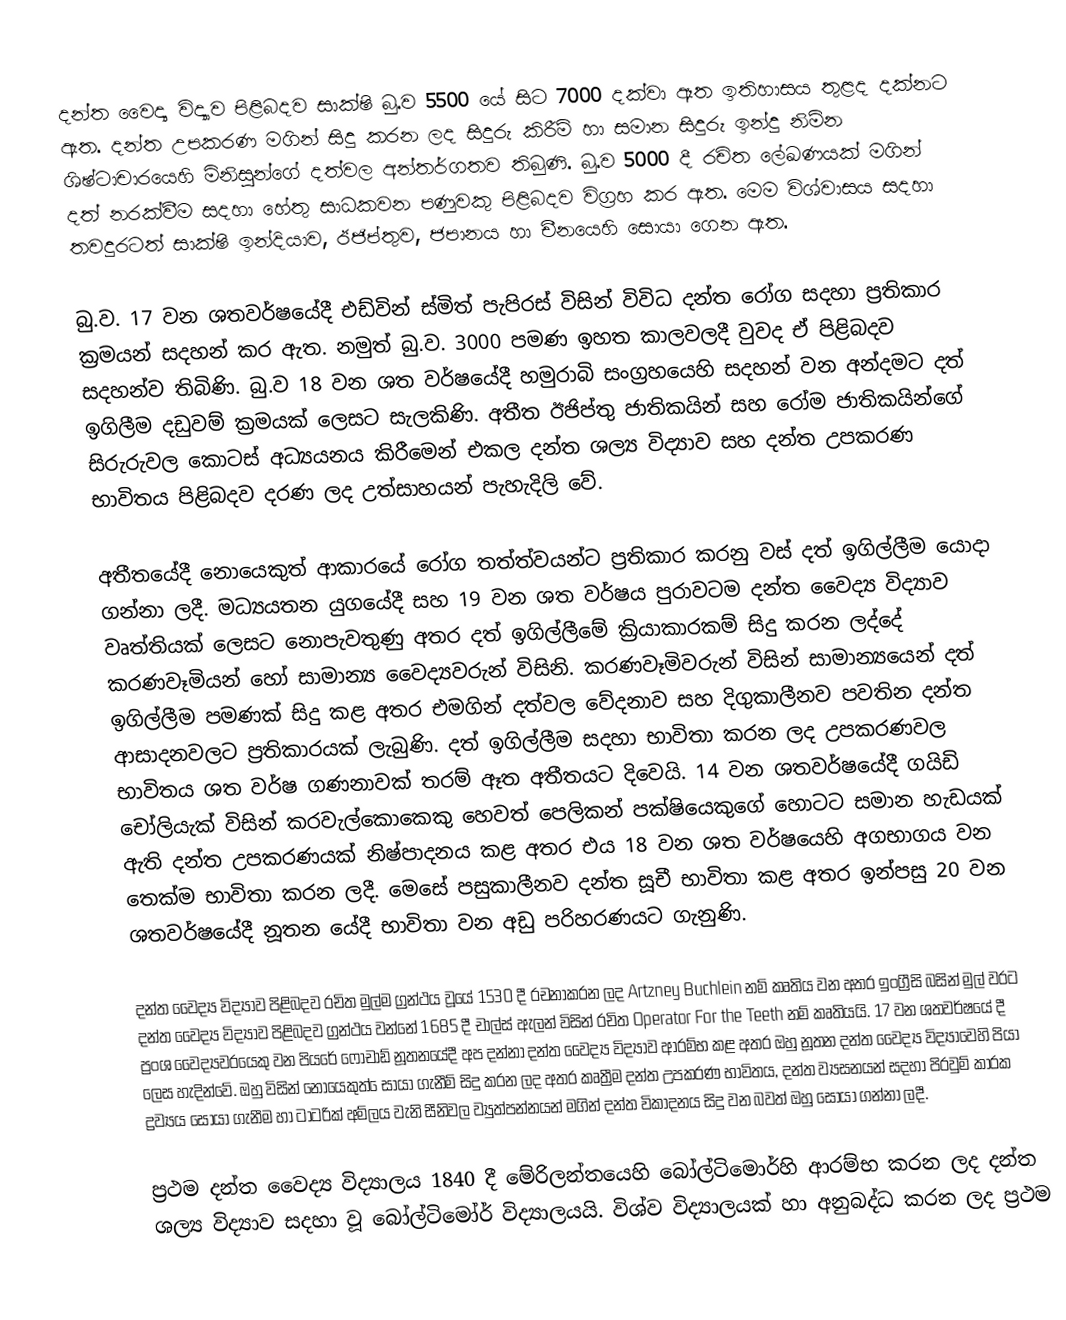
දන්ත වෛද්‍ය විද්‍යාව පිළිබදව සාක්ෂි බු.ව 5500 යේ සිට 7000 දක්වා ඈත ඉතිහාසය තුළද දක්නට ඇත. දන්ත උපකරණ මගින් සිදු කරන ලද සිදුරු කිරීම් හා සමාන සිදුරු ඉන්දු නිම්න ශිෂ්ටාචාරයෙහි මිනිසුන්ගේ දත්වල අන්තර්ගතව තිබුණි. බු.ව 5000 දී රචිත ලේඛණයක් මගින් දත් නරක්වීම සදහා හේතු සාධකවන පණුවකු පිළිබදව විග්‍රහ කර ඇත. මෙම විශ්වාසය සදහා තවදුරටත් සාක්ෂි ඉන්දියාව, ඊජිප්තුව, ජපානය හා චීනයෙහි සොයා ගෙන ඇත.

බු.ව. 17 වන ශතවර්ෂයේදී එඩ්වින් ස්මිත් පැපිරස් විසින් විවිධ දන්ත රෝග සදහා ප්‍රතිකාර ක්‍රමයන් සදහන් කර ඇත. නමුත් බු.ව. 3000 පමණ ඉහත කාලවලදී වුවද ඒ පිළිබදව සදහන්ව තිබිණි. බු.ව 18 වන ශත වර්ෂයේදී හමුරාබි සංග්‍රහයෙහි සදහන් වන අන්දමට දත් ඉගිලීම දඩුවම් ක්‍රමයක් ලෙසට සැලකිණි. අතීත ඊජිප්තු ජාතිකයින් සහ රෝම ජාතිකයින්ගේ සිරුරුවල කොටස් අධ්‍යයනය කිරීමෙන් එකල දන්ත ‍ශල්‍ය විද්‍යාව සහ දන්ත උපකරණ භාවිතය පිළිබදව දරණ ලද උත්සාහයන් පැහැදිලි වේ.

අතීතයේදී නොයෙකුත් ආකාරයේ රෝග තත්ත්වයන්ට ප්‍රතිකාර කරනු වස් දත් ඉගිල්ලීම යොදා ගන්නා ලදී. මධ්‍යයතන යුගයේදී සහ 19 වන ශත වර්ෂය පුරාවටම දන්ත වෛද්‍ය විද්‍යාව වෘත්තියක් ලෙසට නොපැවතුණු අතර දත් ඉගිල්ලීමේ ක්‍රියාකාරකම් සිදු කරන  ලද්දේ කරණවෑමියන් හෝ සාමාන්‍ය වෛද්‍යවරුන් විසිනි. කරණවෑමිවරුන් විසින් සාමාන්‍යයෙන් දත් ඉගිල්ලීම පමණක් සිදු කළ අතර එමගින් දත්වල වේදනාව සහ දිගුකාලීනව පවතින දන්ත ආසාදනවලට ප්‍රතිකාරයක් ලැබුණි. දත් ඉගිල්ලීම සදහා භාවිතා කරන ලද උපකරණවල භාවිතය ශත වර්ෂ ගණනාවක් තරම් ඈත අතීතයට දිවෙයි. 14 වන ශතවර්ෂයේදී ගයිඩි චෝලියැක් විසින් කරවැල්කොකෙකු හෙවත් පෙලිකන් පක්ෂියෙකුගේ හොටට සමාන හැඩයක් ඇති දන්ත උපකරණයක් නිෂ්පාදනය කළ අතර එය 18 වන ශත වර්ෂයෙහි අගභාගය වන තෙක්ම භාවිතා කරන ලදී. මෙසේ පසුකාලීනව දන්ත සූචී භාවිතා කළ අතර ඉන්පසු 20 වන ශතවර්ෂයේදී නූතන යේදී භාවිතා වන අඩු පරිහරණයට ගැනුණි.

දන්ත වෛද්‍ය විද්‍යාව පිළිබදව රචිත මුල්ම ග්‍රන්ථය වූයේ 1530 දී රචනාකරන ලද Artzney Buchlein නම් කෘතිය වන අතර ඉංග්‍රීසි බසින් මුල් වරට දන්ත වෛද්‍ය විද්‍යාව පිළිබදව ග්‍රන්ථය වන්නේ 1685 දී චාල්ස් ඇලන් විසින් රචිත  Operator For the Teeth නම් කෘතියයි. 17 වන ශතවර්ෂයේ දී ප්‍රංශ වෛද්‍යවරයෙකු වන පියරේ ෆෝචාඩ් නූතනයේදී අප දන්නා දන්ත වෛද්‍ය විද්‍යාව ආරම්භ කළ අතර ඔහු නූතන දන්ත වෛද්‍ය විද්‍යාවෙහි පියා ලෙස හැදින්වේ. ඔහු විසින් නොයෙකුත් ‍ෙසායා ගැනීම් සිදු කරන ලද අතර කෘත්‍රීම දන්ත උපකරණ භාවිතය, දන්ත ව්‍යසනයන් සදහා පිරවුම් කාරක ද්‍රව්‍යය සොයා ගැනීම හා ටාටරික් අම්ලය වැනි සීනිවල ව්‍යුත්පන්නයන් මගින් දන්ත විකාදනය සිදු වන බවත් ඔහු සොයා ගන්නා ලදී.

ප්‍රථම දන්ත වෛද්‍ය විද්‍යාලය 1840 දී මේරිලන්තයෙහි බෝල්ටිමොර්හි ආරම්භ කරන ලද දන්ත ශල්‍ය විද්‍යාව සදහා වූ බෝල්ටිමෝර් විද්‍යාලයයි. විශ්ව විද්‍යාලයක් හා අනුබද්ධ කරන ලද ප්‍රථම